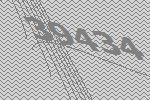
39434